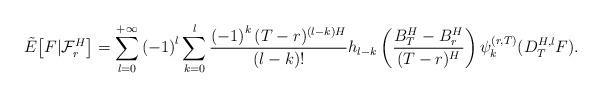
LaTeX: \begin{align*}\tilde{E}\big[F|\mathcal{F}_{r}^{H}\big]=\sum\limits_{l=0}^{+\infty }\left( -1\right) ^{l}\sum\limits_{k=0}^{l}\frac{\left( -1\right) ^{k}(T-r) ^{\left( l-k\right) H}}{\left( l-k\right) !}h_{l-k}\left( \frac{B_{T}^{H}-B_{r }^{H}}{(T-r) ^{H}}\right)\psi_{k}^{(r,T)}(D_{T}^{H,l}F).\end{align*}